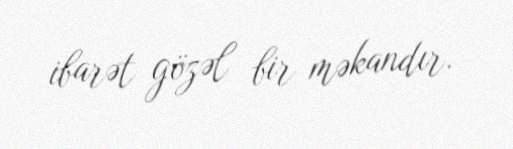
ibarət gözəl bir məkandır.